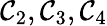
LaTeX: \mathcal{C}_{2},\mathcal{C}_{3},\mathcal{C}_{4}